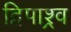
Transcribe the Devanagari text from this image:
द्विपाश्र्व